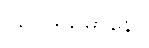
ဩဝဒိယမာနော